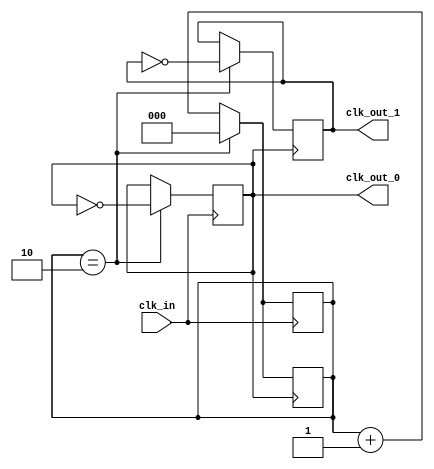
module multi_phase_clock_divider(
    input wire clk_in,
    output wire clk_out_0,
    output wire clk_out_1,
    // Add additional output clock signals as needed
);

reg [2:0] count;
reg [8:0] div_value = 9'd4; // Divide input clock by 4
reg [8:0] half_div_value = div_value >> 1;

always @(posedge clk_in) begin
    if (count == half_div_value) begin
        count <= 0;
        clk_out_0 <= ~clk_out_0;
    end else begin
        count <= count + 1;
    end
end

always @(posedge clk_out_0) begin
    if (count == half_div_value) begin
        count <= 0;
        clk_out_1 <= ~clk_out_1;
    end else begin
        count <= count + 1;
    end
end

// Add additional clock signal generation logic as needed

endmodule